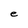
Character: e